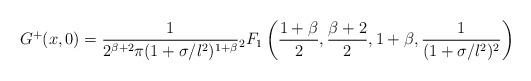
LaTeX: \begin{align*}G^+(x,0) = \frac{1}{2^{\beta+2}\pi (1+\sigma /l^2)^{1+\beta}} {}_2 F_1\left( \frac{1+\beta}{2},\frac{\beta+2}{2},1+\beta, \frac{1}{(1+\sigma /l^2)^2}\right)\end{align*}